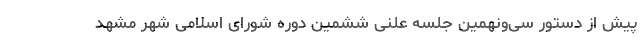
پیش از دستور سی‌ونهمین جلسه علنی ششمین دوره شورای اسلامی شهر مشهد